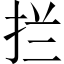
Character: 拦